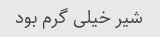
شیر خیلی گرم بود